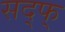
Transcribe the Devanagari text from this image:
सद्फ्